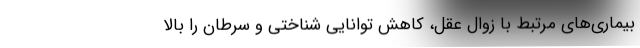
بیماری‌های مرتبط با زوال عقل، کاهش توانایی شناختی و سرطان را بالا